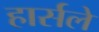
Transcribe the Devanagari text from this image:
हार्सले